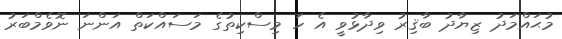
މުޙައްމަދު ޒިޔާދު ބާޤިރު ވިދާޅުވީ އެ ހަ މިސްކިތުގެ މަސައްކަތް އަންނަ ނޮވެމްބަރު